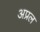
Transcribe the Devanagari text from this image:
अप्रल